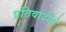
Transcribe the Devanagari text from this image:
प्रतिवादींचे